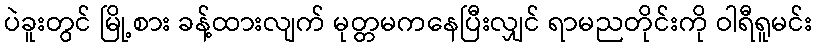
ပဲခူးတွင် မြို့စား ခန့်ထားလျက် မုတ္တမကနေပြီးလျှင် ရာမညတိုင်းကို ဝါရီရူမင်း